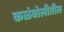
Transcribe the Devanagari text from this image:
कळंबोलीतील